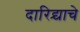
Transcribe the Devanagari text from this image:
दारिद्र्याचे